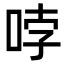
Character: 哱